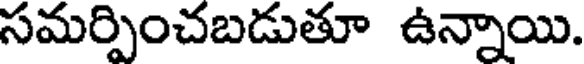
సమర్పించబడుతూ ఉన్నాయి.